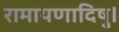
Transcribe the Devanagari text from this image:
रामायणादिषु।